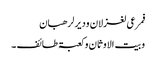
فمرعی لغزلان ودیر لرھبان
وبیت الاوثان وکعبۃ طائف ۔